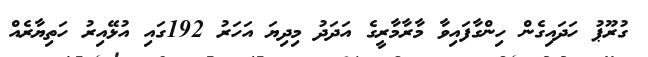
ގުރޫޕު ހަދައިގެން ހިންގާފައިވާ މާރާމާރީގެ އަދަދު މިދިޔަ އަހަރު 192ގައި އުޅޭއިރު ހަތިޔާރެއް